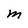
Character: m